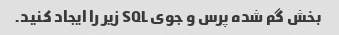
بخش گم شده پرس و جوی SQL زیر را ایجاد کنید.